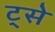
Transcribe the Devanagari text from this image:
ट्से